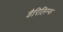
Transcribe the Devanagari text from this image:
डैरिलिम्फ